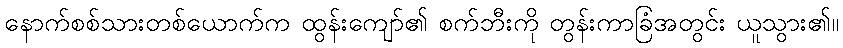
နောက်စစ်သားတစ်ယောက်က ထွန်းကျော်၏ စက်ဘီးကို တွန်းကာခြံအတွင်း ယူသွား၏။